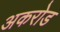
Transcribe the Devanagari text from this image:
अकरोड